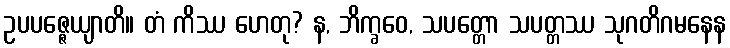
ဥပပဇ္ဇေယျာတိ။ တံ ကိဿ ဟေတု? န, ဘိက္ခဝေ, သပတ္တော သပတ္တဿ သုဂတိဂမနေန